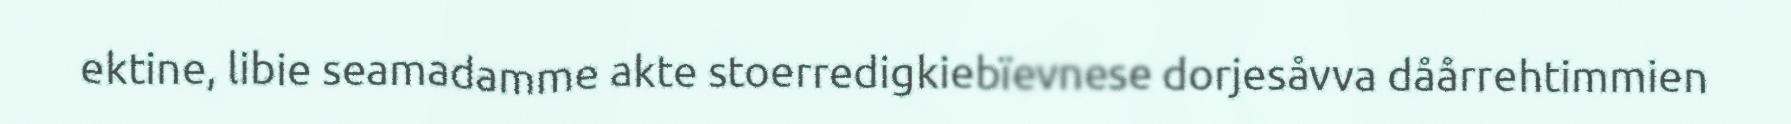
ektine, libie seamadamme akte stoerredigkiebïevnese dorjesåvva dåårrehtimmien